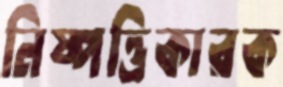
নিষ্পত্তিকারক